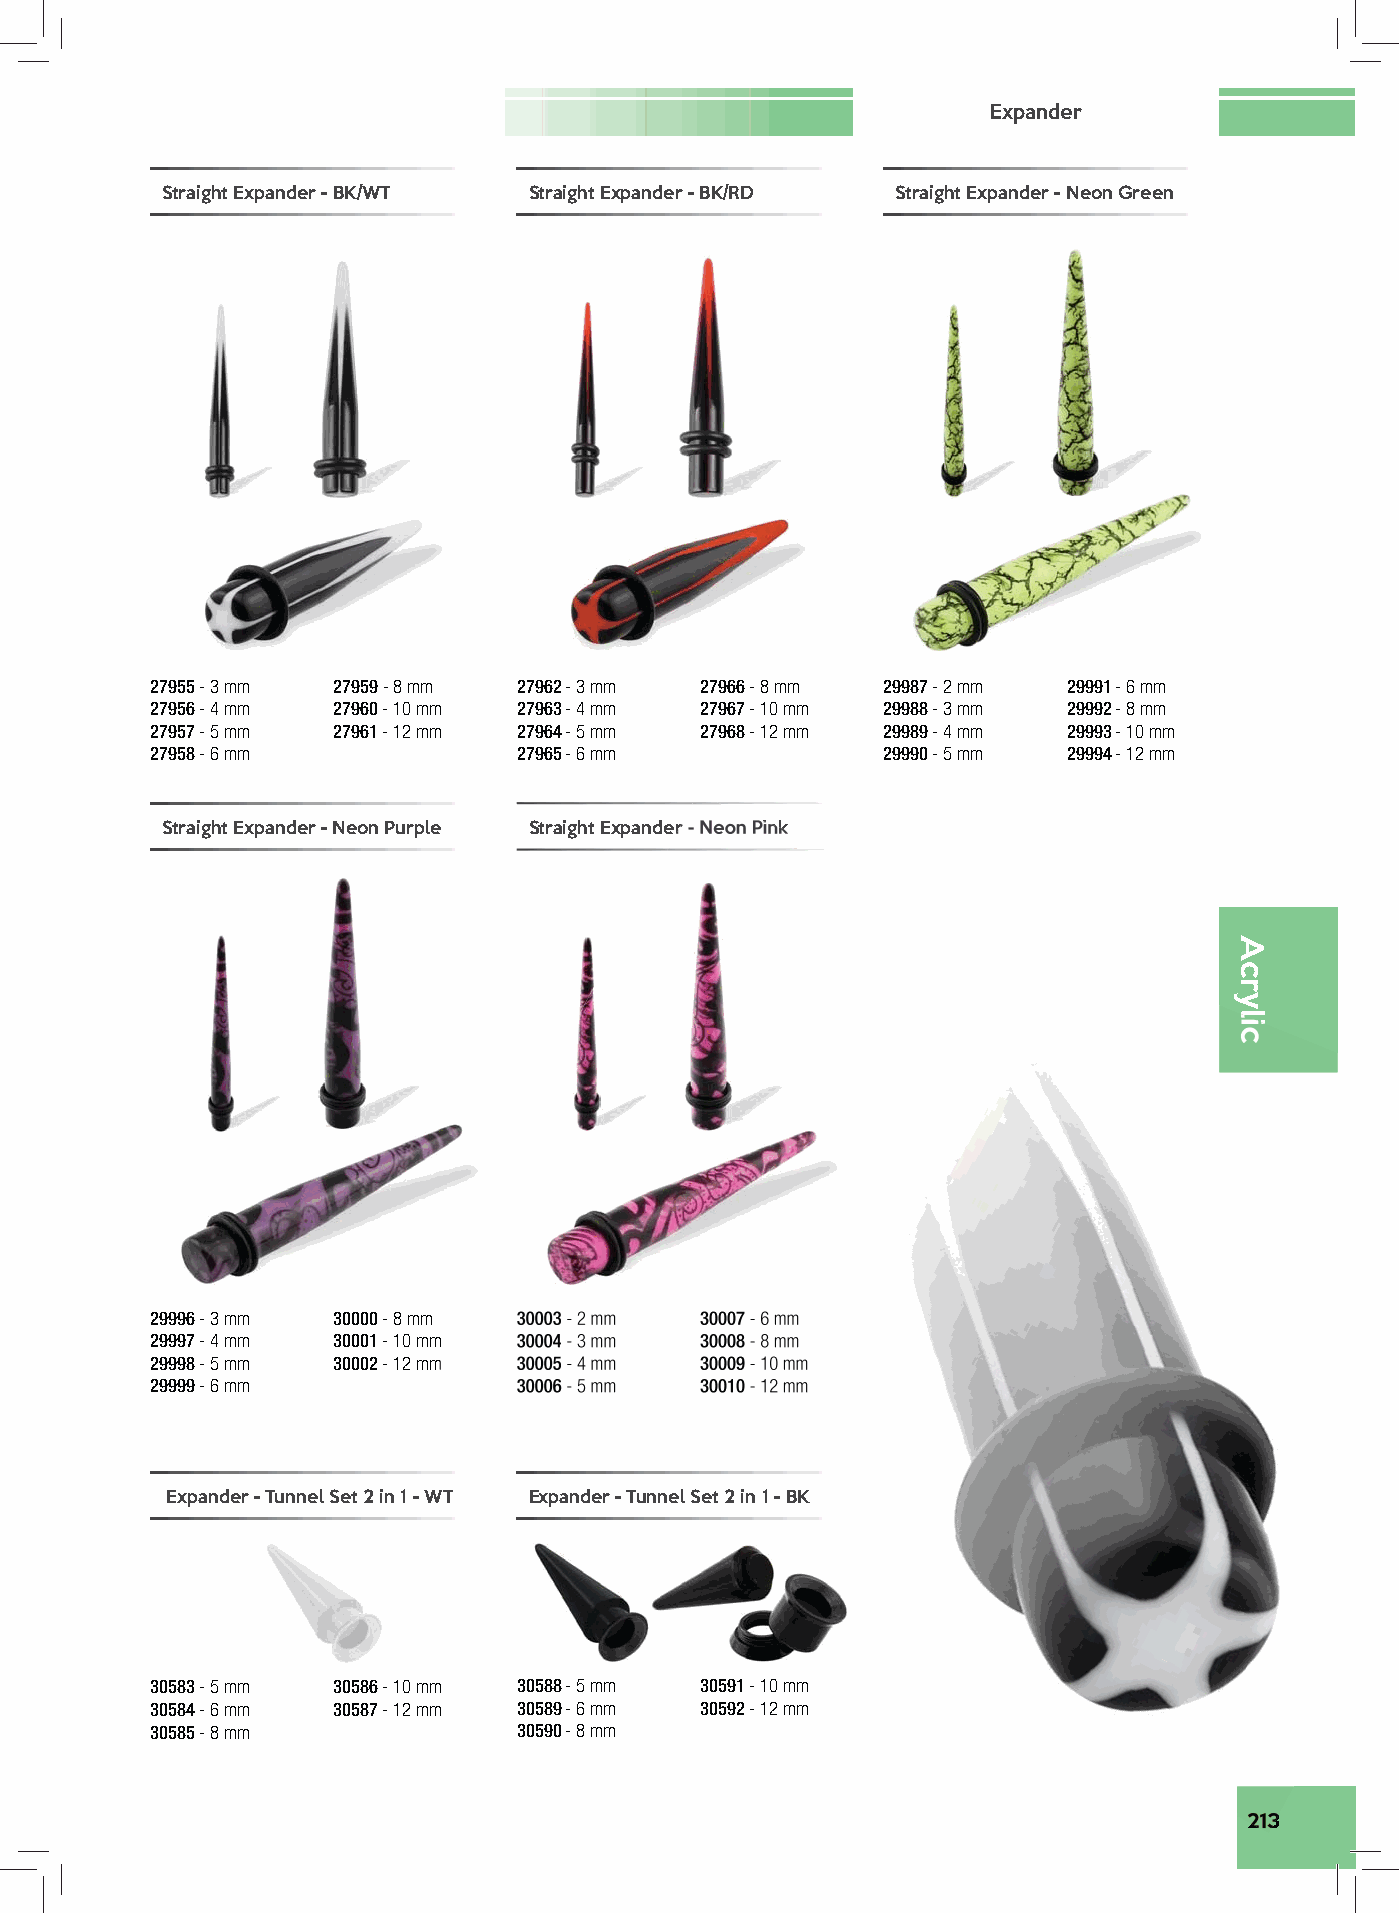
Expander
 Straight Expander - BK/WT Straight Expander - BK/RD Straight Expander - Neon Green
 27955 - 3 mm 27959 - 8 mm 27962 - 3 mm 27966 - 8 mm 29987 - 2 mm 29991 - 6 mm
 27956 - 4 mm 27960 - 10 mm 27963 - 4 mm 27967 - 10 mm 29988 - 3 mm 29992 - 8 mm
 27957 - 5 mm 27961 - 12 mm 27964 - 5 mm 27968 - 12 mm 29989 - 4 mm 29993 - 10 mm
 27958 - 6 mm            27965 - 6 mm            29990 - 5 mm 29994 - 12 mm
 Straight Expander - Neon Purple Straight Expander - Neon Pink
 29996 - 3 mm 30000 - 8 mm 30003 - 2 mm 30007 - 6 mm
 29997 - 4 mm 30001 - 10 mm 30004 - 3 mm 30008 - 8 mm
 29998 - 5 mm 30002 - 12 mm 30005 - 4 mm 30009 - 10 mm
 29999 - 6 mm            30006 - 5 mm 30010 - 12 mm
 Expander - Tunnel Set 2 in 1 - WT Expander - Tunnel Set 2 in 1 - BK
 30583 - 5 mm 30586 - 10 mm 30588 - 5 mm 30591 - 10 mm
 30584 - 6 mm 30587 - 12 mm 30589 - 6 mm 30592 - 12 mm
 30585 - 8 mm            30590 - 8 mm
 213
 Acrylic